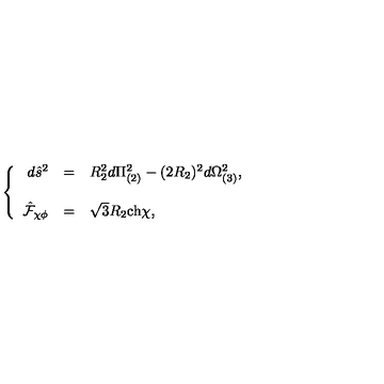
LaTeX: \left\{ \begin{array} { r c l } { d \hat { s } ^ { 2 } } & { = } & { R _ { 2 } ^ { 2 } d \Pi _ { ( 2 ) } ^ { 2 } - ( 2 R _ { 2 } ) ^ { 2 } d \Omega _ { ( 3 ) } ^ { 2 } , } \\ { } & { } & { } \\ { \hat { \mathcal { F } } _ { \chi \phi } } & { = } & { \sqrt { 3 } R _ { 2 } \mathrm { c h } \chi , } \\ \end{array} \right.